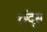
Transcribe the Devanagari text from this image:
छंद्स